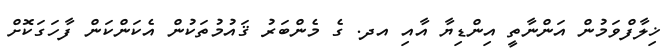
ޚިލާފްވަމުން އަންނާތީ އިންޑިޔާ އާއި އދ. ގެ މެންބަރު ޤައުމުތަކުން އެކަންކަން ފާހަގަކޮށް